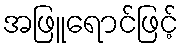
အဖြူရောင်ဖြင့်